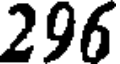
296